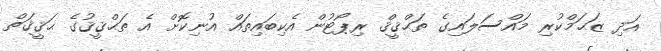
އަދި ޒަޙަމްކުރި މައްސަލައިގެ ތަޙްޤީޤް ރިޕޯޓުން އެކިބައިތައް އުނިކޮށް އެ ތަޙްޤީޤުގެ ޙަޤީޤަތް